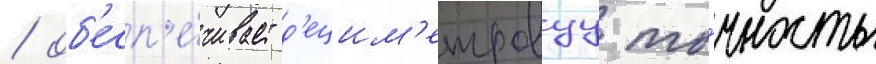
/ об'есп'е́чивает д'ецим'етровуу то́чность